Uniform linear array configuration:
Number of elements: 8
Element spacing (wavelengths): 1
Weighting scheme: hamming
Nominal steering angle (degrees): -60
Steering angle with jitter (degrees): -60.493
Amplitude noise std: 0.05
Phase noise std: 0.05

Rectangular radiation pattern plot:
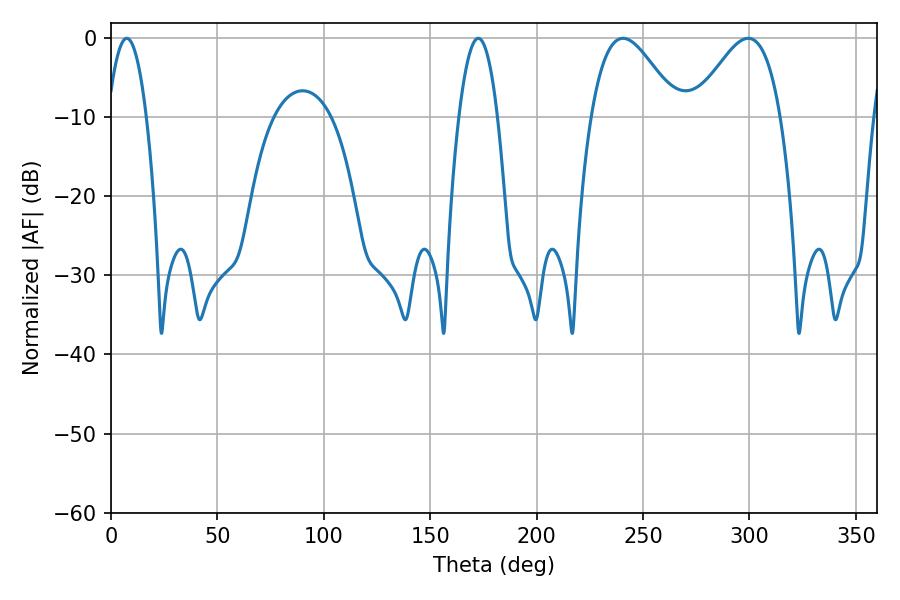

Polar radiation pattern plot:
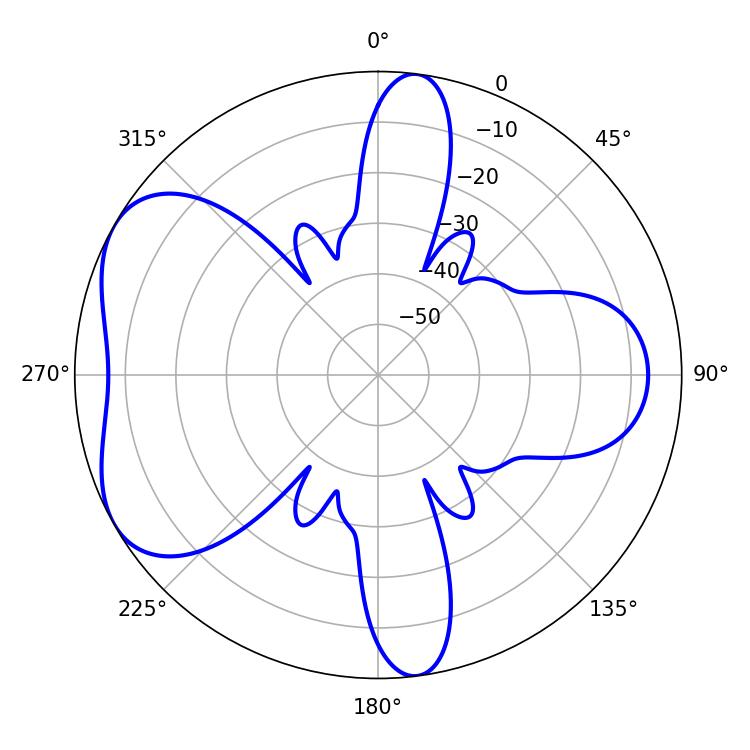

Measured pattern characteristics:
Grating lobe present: TRUE
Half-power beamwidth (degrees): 9.9
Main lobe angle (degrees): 7.38